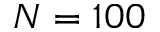
N = 1 0 0